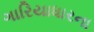
ગારિયાધારના